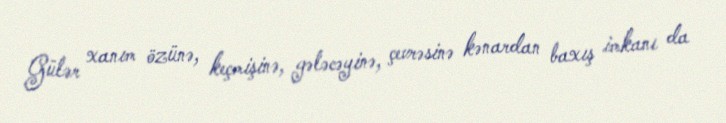
Gülər xanım özünə, keçmişinə, gələcəyinə, çevrəsinə kənardan baxış imkanı da